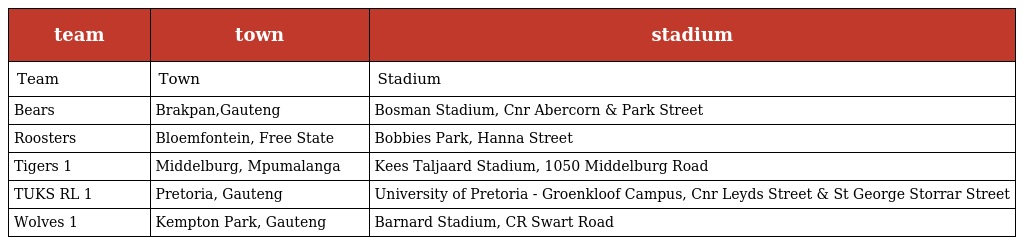
| team | town | stadium |
 | --- | --- | --- |
 | Team | Town | Stadium |
 | Bears | Brakpan,Gauteng | Bosman Stadium, Cnr Abercorn & Park Street |
 | Roosters | Bloemfontein, Free State | Bobbies Park, Hanna Street |
 | Tigers 1 | Middelburg, Mpumalanga | Kees Taljaard Stadium, 1050 Middelburg Road |
 | TUKS RL 1 | Pretoria, Gauteng | University of Pretoria - Groenkloof Campus, Cnr Leyds Street & St George Storrar Street |
 | Wolves 1 | Kempton Park, Gauteng | Barnard Stadium, CR Swart Road |